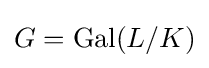
G=\operatorname {Gal} (L/K)